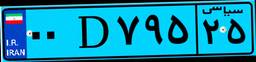
۷۶D۱۵۰۶۹